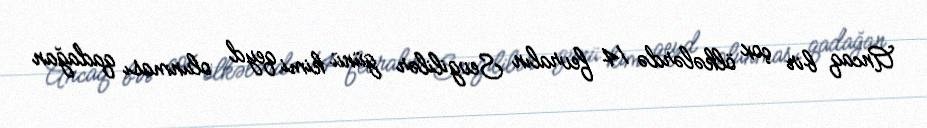
Ancaq bir çox ölkələrdə 14 fevralın Sevgililər günü kimi qeyd olunması qadağan